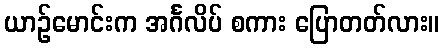
ယာဉ်မောင်းက အင်္ဂလိပ် စကား ပြောတတ်လား။